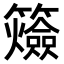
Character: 𥷡